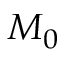
M _ { 0 }